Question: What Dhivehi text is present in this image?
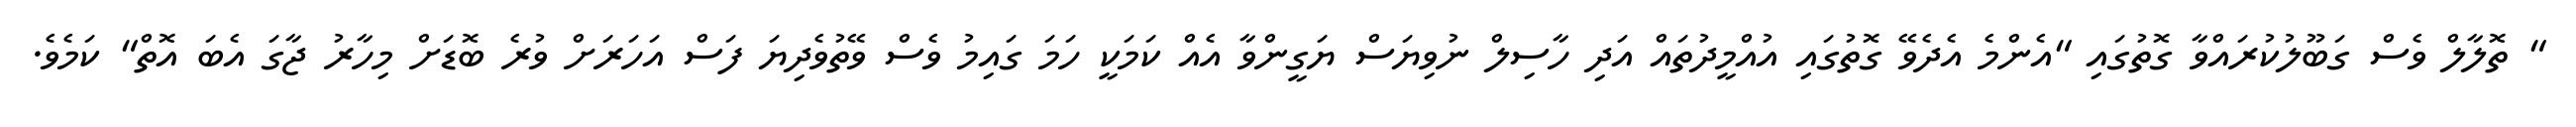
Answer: " ތޮލާލް ވެސް ގަބޫލުކުރައްވާ ގޮތުގައި "އެންމެ އެދެވޭ ގޮތުގައި އުއްމީދުތައް އަދި ހާސިލް ނުވިޔަސް ޔަގީންވާ އެއް ކަމަކީ ހަމަ ގައިމު ވެސް ވޭތުވެދިޔަ ފަސް އަހަރަށް ވުރެ ބޮޑަށް މިހާރު ޖާގަ އެބަ އޮތް" ކަމެވެ.